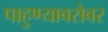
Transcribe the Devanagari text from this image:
पाहुण्याबरोबर